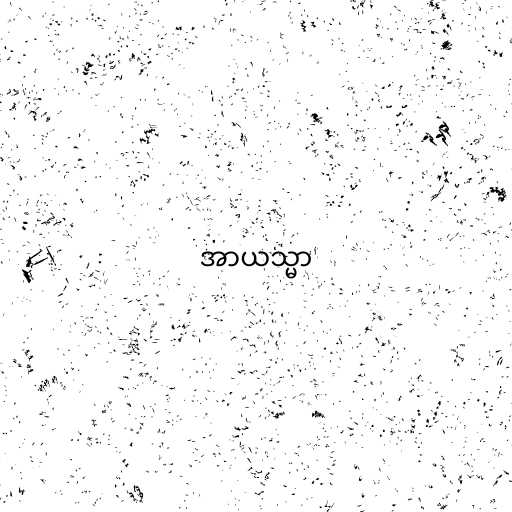
အာယသ္မာ